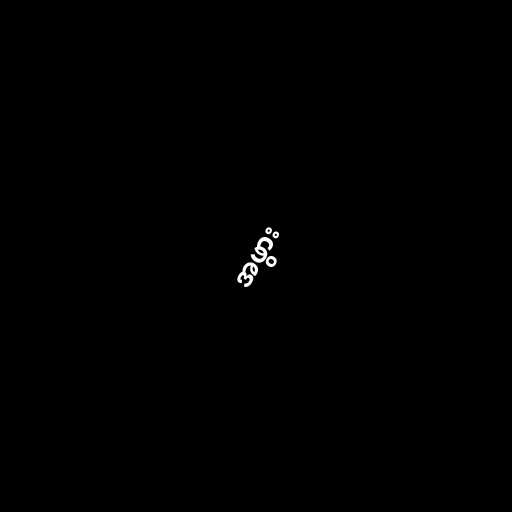
အဖွား